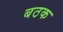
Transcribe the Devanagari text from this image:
बठक